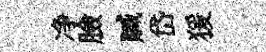
净臉贓岱猨